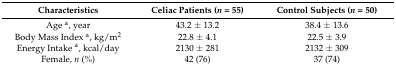
<table><thead><tr><td><b>Characteristics</b></td><td><b>Celiac Patients (<i>n</i> = 55)</b></td><td><b>Control Subjects (<i>n</i> = 50)</b></td></tr></thead><tbody><tr><td>Age <sup>a</sup>, year</td><td>43.2 ± 13.2</td><td>38.4 ± 13.6</td></tr><tr><td>Body Mass Index <sup>a</sup>, kg/m<sup>2</sup></td><td>22.8 ± 4.1</td><td>22.5 ± 3.9</td></tr><tr><td>Energy Intake <sup>a</sup>, kcal/day</td><td>2130 ± 281</td><td>2132 ± 309</td></tr><tr><td>Female, <i>n</i> (%)</td><td>42 (76)</td><td>37 (74)</td></tr></tbody></table>